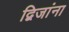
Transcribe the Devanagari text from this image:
द्विजांना